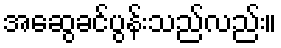
အဆွေခင်ပွန်းသည်လည်း။